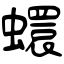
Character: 蠉